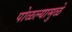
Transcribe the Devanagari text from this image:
पोळल्यामुळे